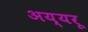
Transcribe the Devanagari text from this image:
अय्यरू